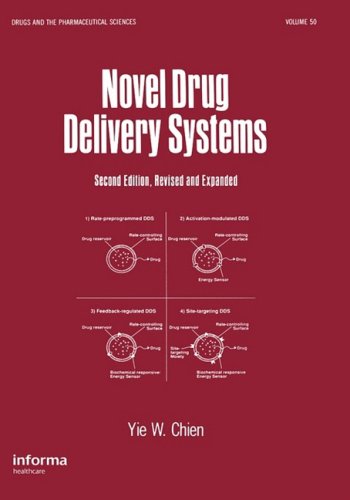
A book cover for Novel Drug Delivery Systems, Second Edition, (Drugs and the Pharmaceutical Sciences); Yie Chien; Medical Books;